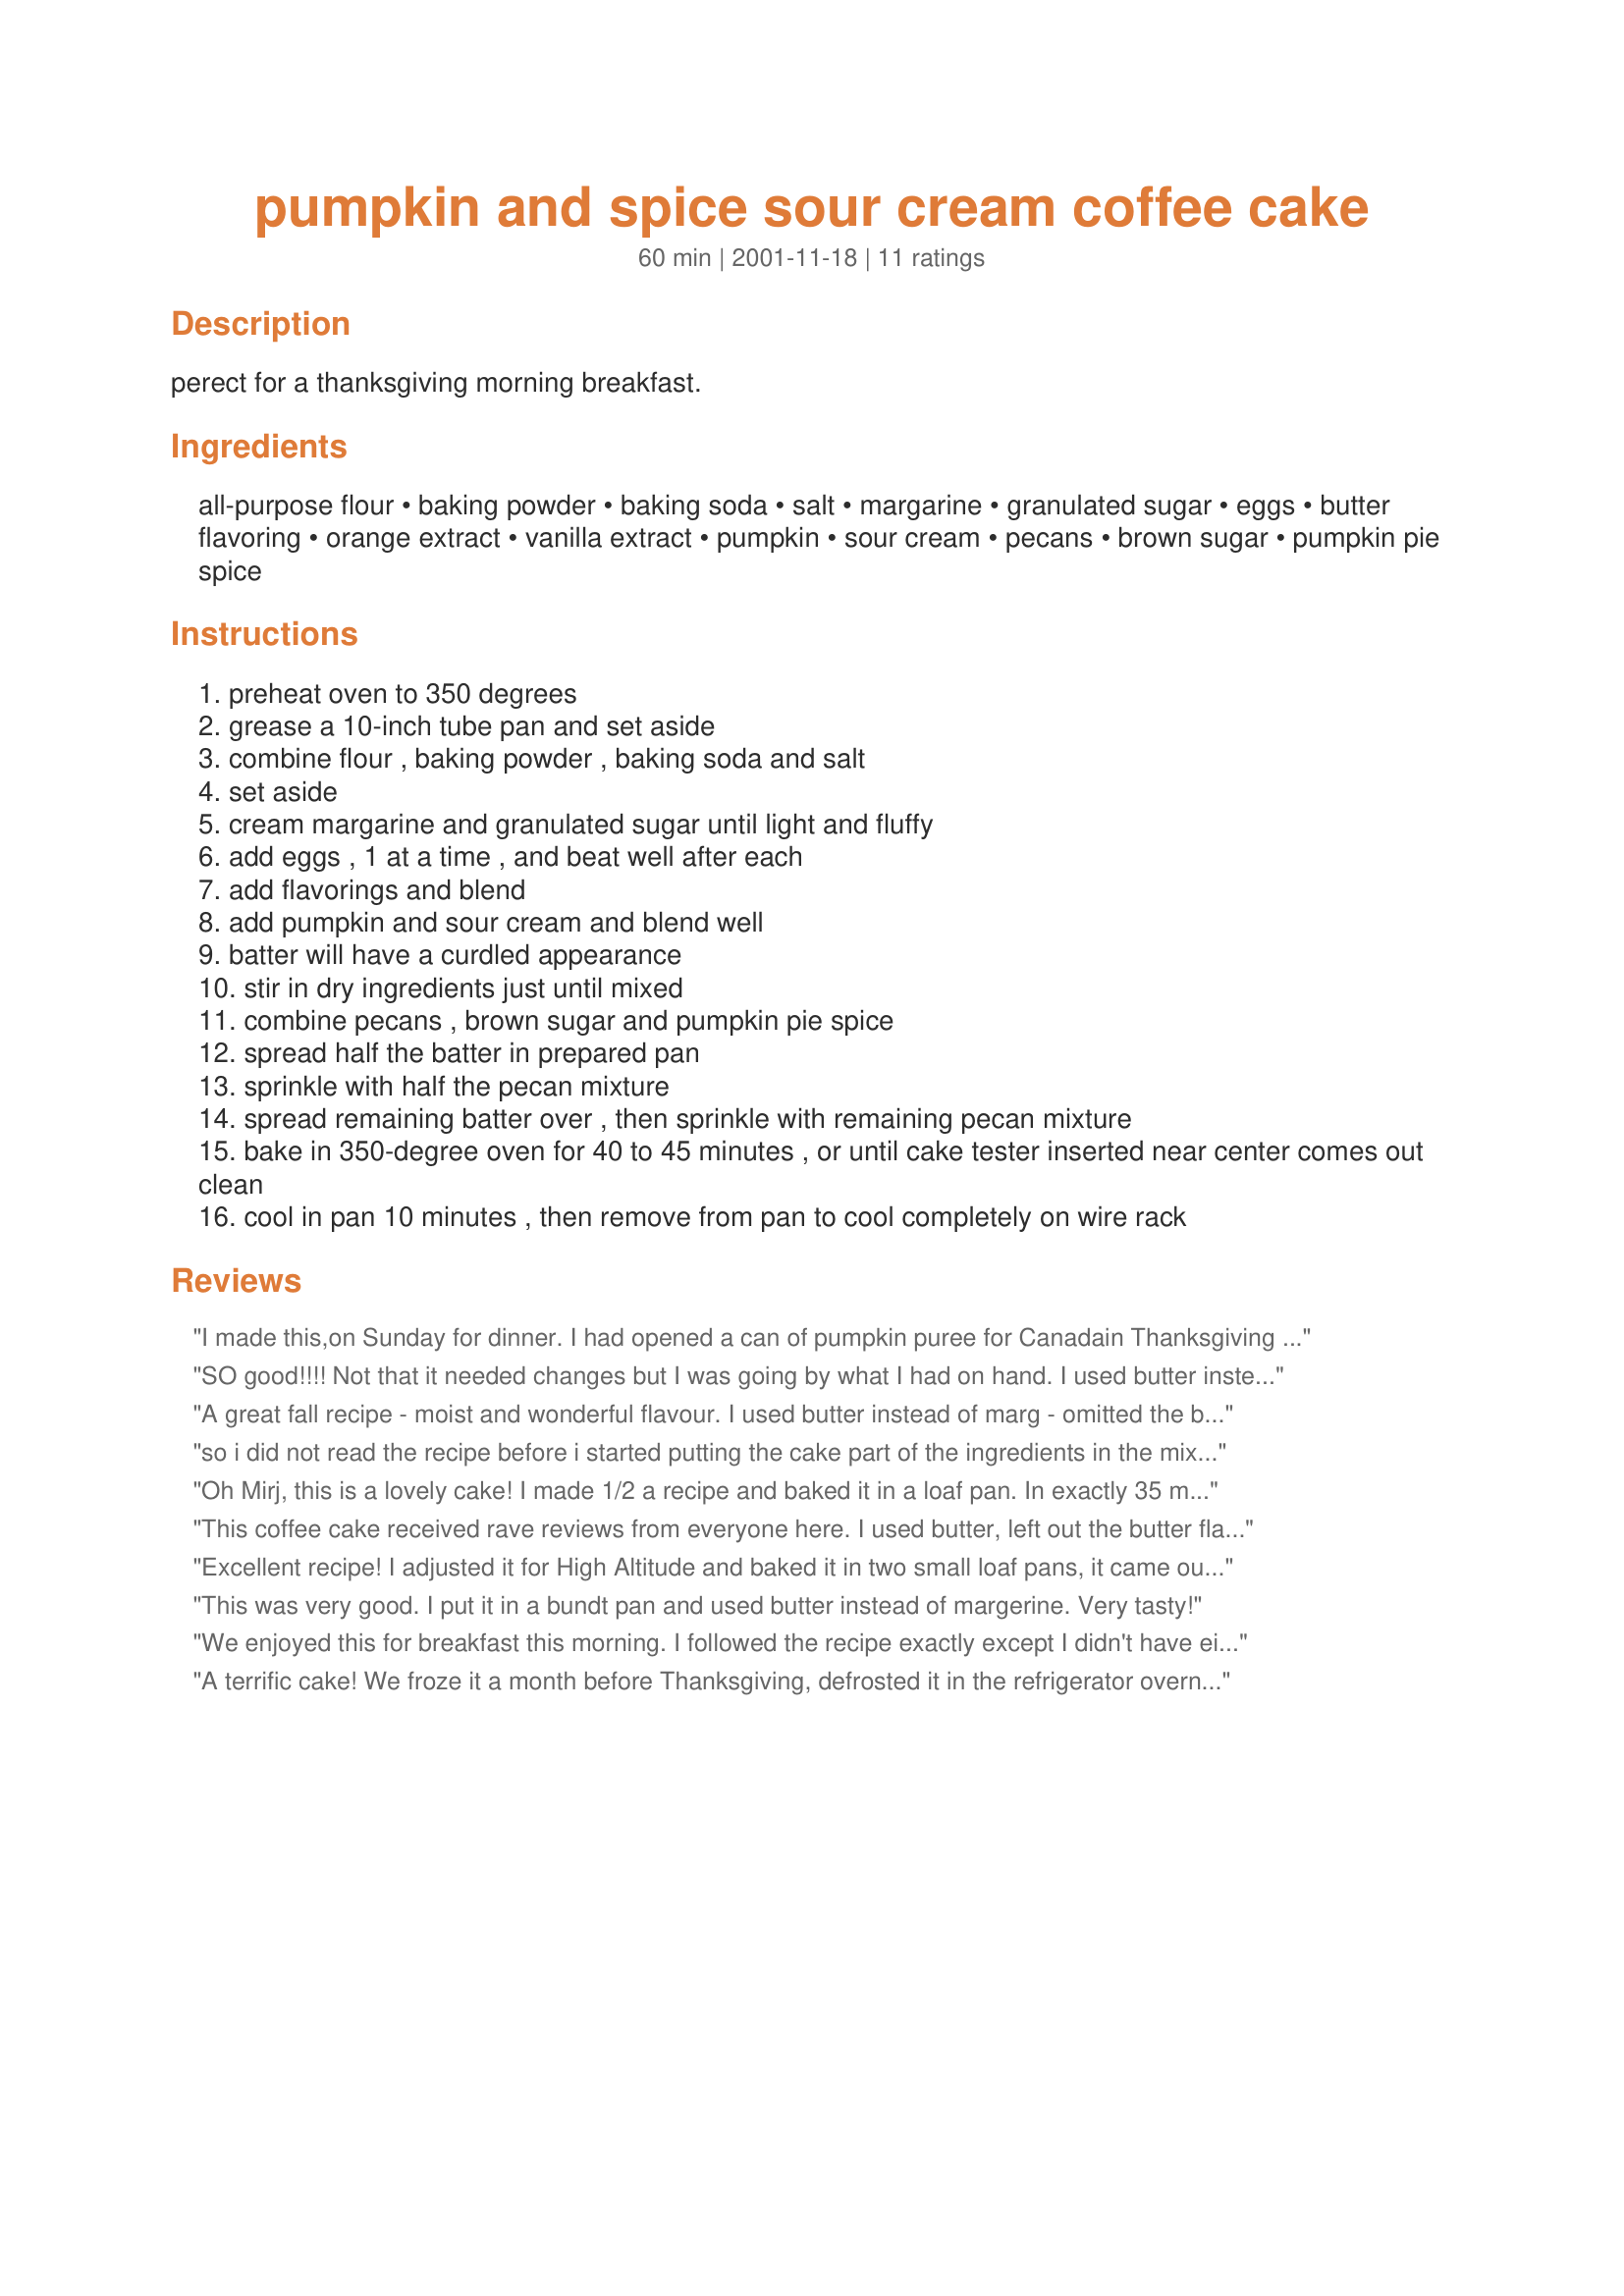
pumpkin and spice sour cream coffee cake
Preparation time: 60 minutes

perect for a thanksgiving morning breakfast.

Ingredients:
all-purpose flour, baking powder, baking soda, salt, margarine, granulated sugar, eggs, butter flavoring, orange extract, vanilla extract, pumpkin, sour cream, pecans, brown sugar, pumpkin pie spice

Steps:
preheat oven to 350 degrees
grease a 10-inch tube pan and set aside
combine flour , baking powder , baking soda and salt
set aside
cream margarine and granulated sugar until light and fluffy
add eggs , 1 at a time , and beat well after each
add flavorings and blend
add pumpkin and sour cream and blend well
batter will have a curdled appearance
stir in dry ingredients just until mixed
combine pecans , brown sugar and pumpkin pie spice
spread half the batter in prepared pan
sprinkle with half the pecan mixture
spread remaining batter over , then sprinkle with remaining pecan mixture
bake in 350-degree oven for 40 to 45 minutes , or until cake tester inserted near center comes out clean
cool in pan 10 minutes , then remove from pan to cool completely on wire rack

Reviews:
I made this,on Sunday for dinner. I had opened a can of pumpkin puree for Canadain Thanksgiving in October, and I froze the unused portion in a ziploc bag. The cake was easy to prepare, and tasted awesome. DH had some for breakfast, he loved it. I used real butter, and 1 tsp each vanilla and orange extracts. I served it with caramel low fat ice cream, mmmmm. Thank you for a fabulous recipe.
SO good!!!! Not that it needed changes but I was going by what I had on hand. I used butter instead of margarine. I didn't have butter flavoring or orange extract so used 1/2 tsp vanilla, 1/2 tsp. maple extract, 2 tsp orange juice. I also added 1/8 tsp. cardamom to flour mixture and when cool I topped with a powdered sugar glaze with vanilla and cinnamon. YUM!!!
A great fall recipe - moist and wonderful flavour. I used butter instead of marg - omitted the butter flavouring and didn't have orange extract so upped the vanilla to 1 tsp. And my pumpkin spice combo was 1 tsp cinnamon, 1/2 tsp ginger, 1/4 tsp cloves and 1/4 tsp mace. Thanks so much for this recipe!
so i did not read the recipe before i started putting the cake part of the ingredients in the mixer bowl. i put the spices that belonged in the pecan mixture in it. oh well i baked in anyway and it was delish. i also made my own pumpin pie spice. 1 tsp cinnamon, 1/2 tsp ginger, 1/4 tsp cloves and 1/8 tsp cardamom
Oh Mirj, this is a lovely cake! I made 1/2 a recipe and baked it in a loaf pan. In exactly 35 minutes, it was done to perfection. I used this recipe for recipe #184985 and otherwise made as written. I am glad that you mentioned the _curdled_ look because mine sure had it. ;-) Thanks so much for sharing your recipe!
This coffee cake received rave reviews from everyone here. I used butter, left out the butter flavoring, and used orange juice concentrate. The flavor was excellent.
Excellent recipe! I adjusted it for High Altitude and baked it in two small loaf pans, it came out wonderfully moist with just the right touch of pumpkin flavor. Thank you for sharing a great "keeper" recipe!
This was very good. I put it in a bundt pan and used butter instead of margerine. Very tasty!
We enjoyed this for breakfast this morning. I followed the recipe exactly except I didn't have either butter or orange flavoring so I increased the vanilla. I think I would prefer for there to be some spices in the cake as well as in the topping, so I may try that the next time. This was very good with whipped cream!
A terrific cake! We froze it a month before Thanksgiving, defrosted it in the refrigerator overnight and brought it out in the morning to room temp. Had it for breakfast AND dessert. Thanks!
Wow, delicious! I used just a 1/4 teaspoon of the orange extract, and more vanilla instead of the butter extract. I also used nonfat sour cream, and only 1/4 cup of the brown sugar. I like how you can taste the orange, pumpkin, spice and filling, but none overwhelms the other. Made this as muffins - a dozen and a half little treats, baked for 24 minutes. I have been wanting to make this recipe for a long time, and it did not disappoint!
